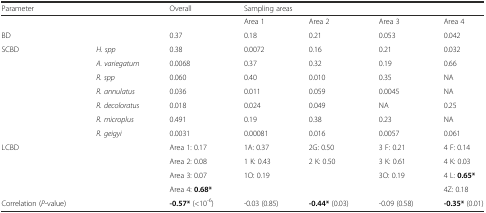
| Parameter |  | Overall | <COLSPAN=4> Sampling areas |
 | --- | --- | --- | --- | --- | --- | --- |
 |  |  |  | Area 1 | Area 2 | Area 3 | Area 4 |
 | BD |  | 0.37 | 0.18 | 0.21 | 0.053 | 0.042 |
 | SCBD | H. spp | 0.38 | 0.0072 | 0.16 | 0.21 | 0.032 |
 |  | A. variegatum | 0.0068 | 0.37 | 0.32 | 0.19 | 0.66 |
 |  | R. spp | 0.060 | 0.40 | 0.010 | 0.35 | NA |
 |  | R. annulatus | 0.036 | 0.011 | 0.059 | 0.0045 | NA |
 |  | R. decoloratus | 0.018 | 0.024 | 0.049 | NA | 0.25 |
 |  | R. microplus | 0.491 | 0.19 | 0.38 | 0.23 | NA |
 |  | R. geigyi | 0.0031 | 0.00081 | 0.016 | 0.0057 | 0.061 |
 | LCBD |  | Area 1: 0.17 | 1A: 0.37 | 2G: 0.50 | 3 F: 0.21 | 4 F: 0.14 |
 |  |  | Area 2: 0.08 | 1 K: 0.43 | 2 K: 0.50 | 3 K: 0.61 | 4 K: 0.03 |
 |  |  | Area 3: 0.07 | 1O: 0.19 |  | 3O: 0.19 | 4 L: 0.65* |
 |  |  | Area 4: 0.68* |  |  |  | 4Z: 0.18 |
 | Correlation (P-value) |  | -0.57* (<10-6) | -0.03 (0.85) | -0.44* (0.03) | -0.09 (0.58) | -0.35* (0.01) |